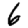
Digit: 6